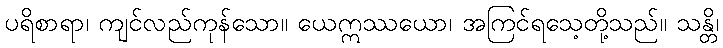
ပရိစာရာ၊ ကျင်လည်ကုန်သော။ ယေဣဿယော၊ အကြင်ရသေ့တို့သည်။ သန္တိ၊